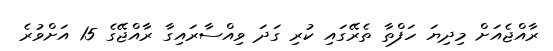
ރާއްޖެއަށް މިދިޔަ ހަފްތާ ތެރޭގައި ކުރި ގަދަ ވިއްސާރައިގާ ރާއްޖޭގެ 15 އަށްވުރެ